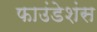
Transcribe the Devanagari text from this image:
फाउंडेशंस